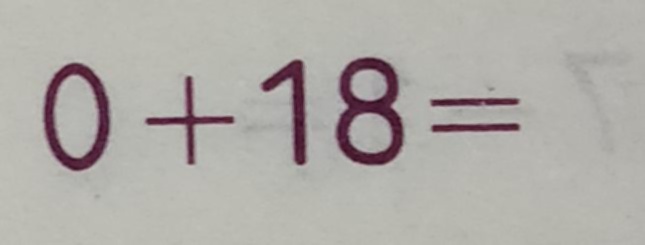
0 + 1 8 =